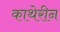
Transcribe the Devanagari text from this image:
काथेरीन